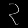
Digit: ၃